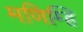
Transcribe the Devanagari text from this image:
मणिम्हि